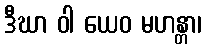
ဒီဃာ ဝါ ယေဝ မဟန္တာ၊